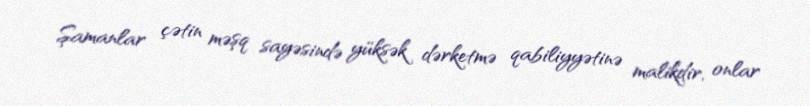
Şamanlar çətin məşq sayəsində yüksək dərketmə qabiliyyətinə malikdir, onlar